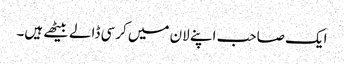
ایک صاحب اپنے لان میں کرسی ڈالے بیٹھے ہیں۔